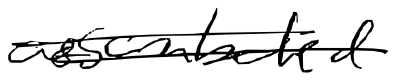
Text: assembled
Cross-out: double-line
Writing tool: digital_black